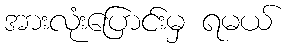
အားလုံးပြောင်းမှ ရမယ်